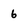
Character: 6